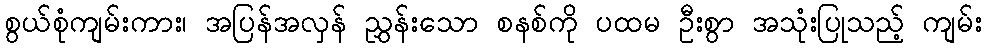
စွယ်စုံကျမ်းကား၊ အပြန်အလှန် ညွှန်းသော စနစ်ကို ပထမ ဦးစွာ အသုံးပြုသည့် ကျမ်း